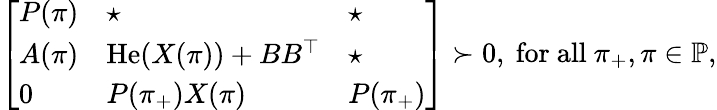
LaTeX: \left[\begin{array}{l}{\begin{array}{lll}{P(\pi)}&{\star}&{\star}\\ {A(\pi)}&{\operatorname{He}(X(\pi))+BB^{\top}}&{\star}\\ {0}&{P(\pi_{+})X(\pi)}&{P(\pi_{+})}\end{array}}\end{array}\right]\succ 0,\mathrm{~for~all~}\pi_{+},\pi\in\mathbb{P},